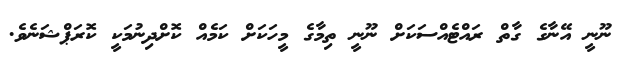
ނޫނީ އޭނާގެ ގާތް ރައްޓެއްސަކަށް ނޫނީ ތިމާގެ މީހަކަށް ކަމެއް ކޮށްދިނުމަކީ ކޮރަޕްޝަނެވެ.